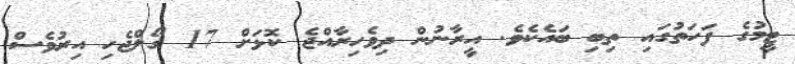
ޓީމުގެ ފަހަތުގައި ތިބި ބައެކެވެ. އީރާނުން ދިވެހިރާއްޖެ ކޮޅަށް 17 ގޯލްޖެހި އިރުވެސް